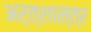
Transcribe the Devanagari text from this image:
अर्त्शास्त्र